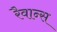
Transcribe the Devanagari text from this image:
रैवान्स